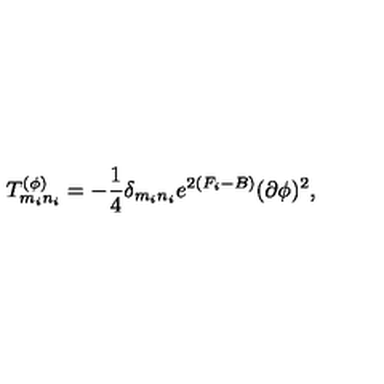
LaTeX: T _ { m _ { i } n _ { i } } ^ { ( \phi ) } = - { \frac { 1 } { 4 } } \delta _ { m _ { i } n _ { i } } e ^ { 2 ( F _ { i } - B ) } ( \partial \phi ) ^ { 2 } ,